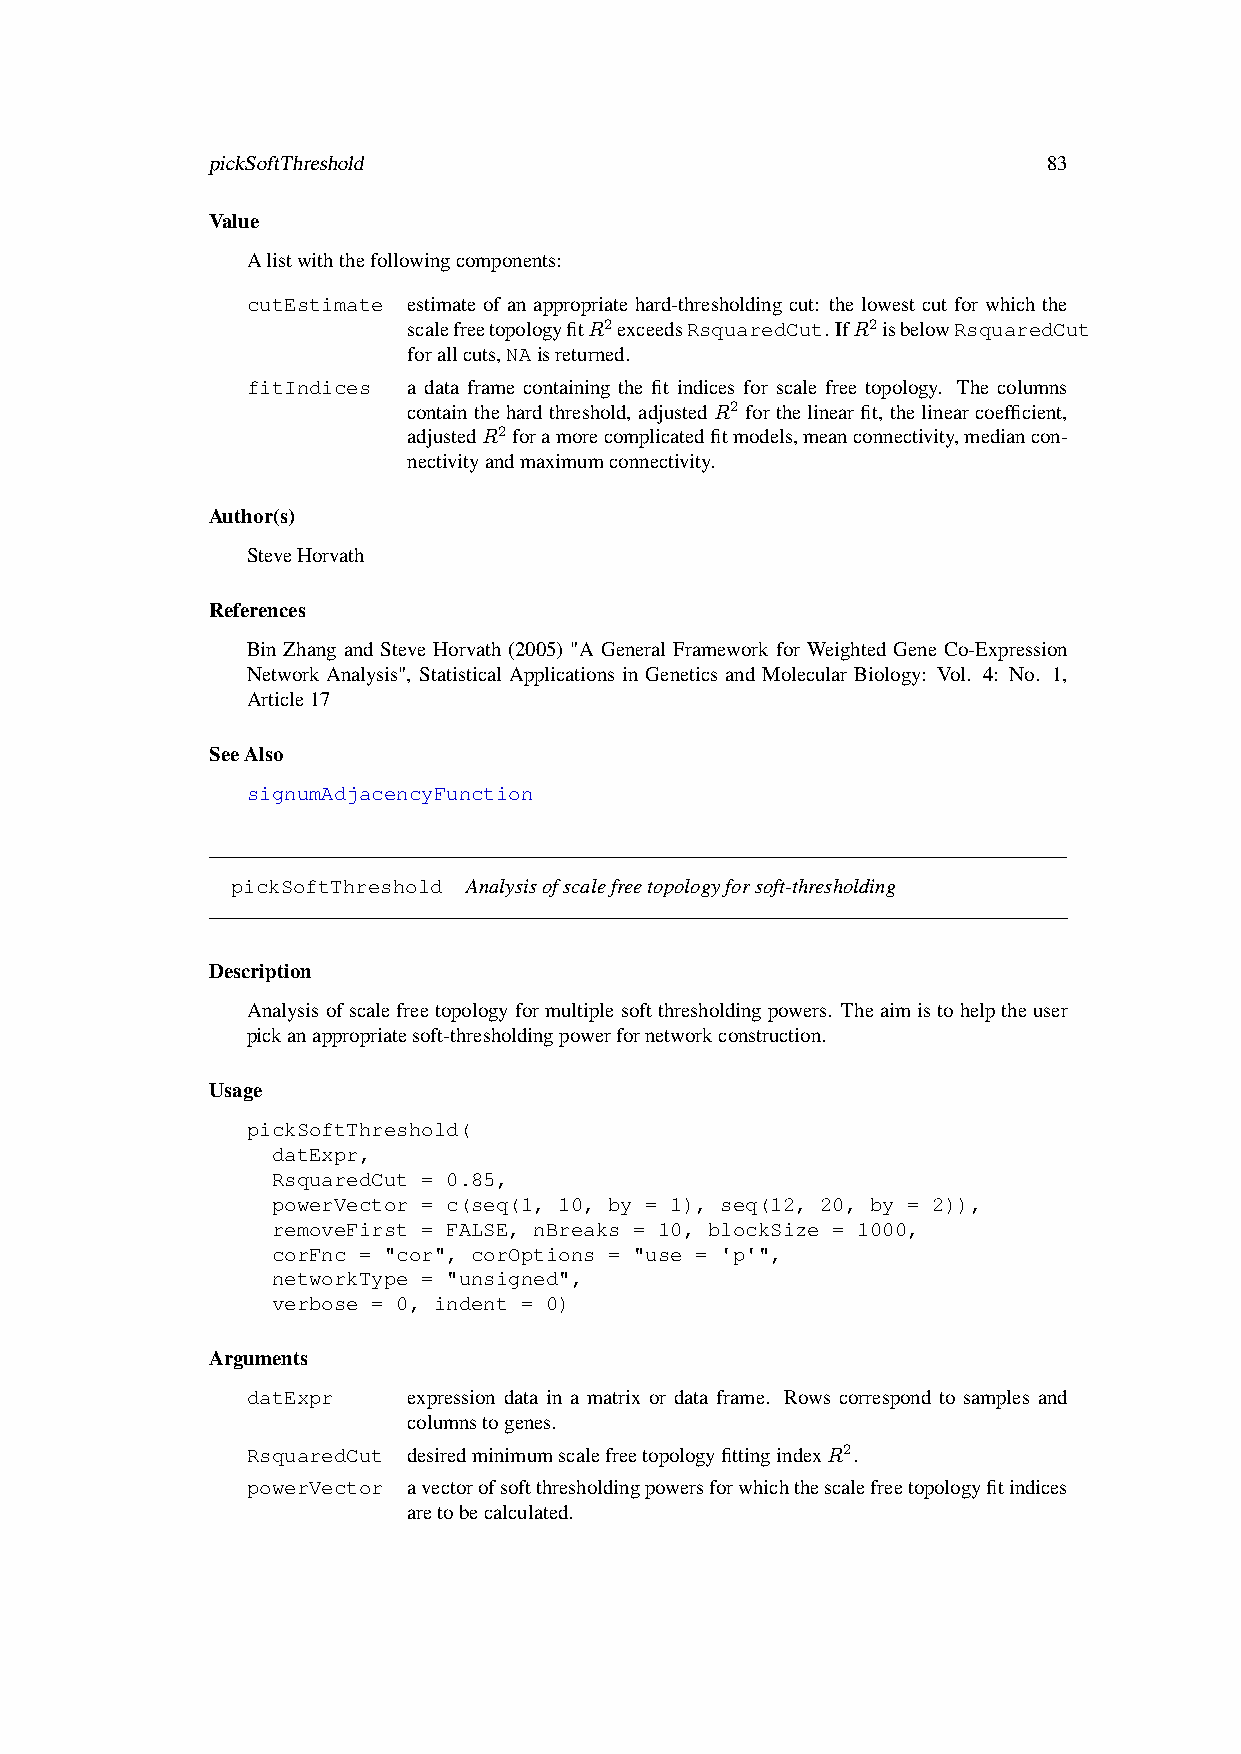
pickSoftThreshold                                      83
 Value
 Alistwiththefollowingcomponents:
 cutEstimate estimate of an appropriate hard-thresholding cut: the lowest cut for which the
 scalefreetopologyfitR2exceedsRsquaredCut.IfR2isbelowRsquaredCut
 forallcuts,NAisreturned.
 fitIndices a data frame containing the fit indices for scale free topology. The columns
 containthehardthreshold, adjustedR2 forthelinearfit, thelinearcoefficient,
 adjustedR2foramorecomplicatedfitmodels,meanconnectivity,mediancon-
 nectivityandmaximumconnectivity.
 Author(s)
 SteveHorvath
 References
 Bin Zhang and Steve Horvath (2005) "A General Framework for Weighted Gene Co-Expression
 Network Analysis", Statistical Applications in Genetics and Molecular Biology: Vol. 4: No. 1,
 Article17
 SeeAlso
 signumAdjacencyFunction
 pickSoftThreshold Analysisofscalefreetopologyforsoft-thresholding
 Description
 Analysisofscalefreetopologyformultiplesoftthresholdingpowers. Theaimistohelptheuser
 pickanappropriatesoft-thresholdingpowerfornetworkconstruction.
 Usage
 pickSoftThreshold(
 datExpr,
 RsquaredCut = 0.85,
 powerVector = c(seq(1, 10, by = 1), seq(12, 20, by = 2)),
 removeFirst = FALSE, nBreaks = 10, blockSize = 1000,
 corFnc = "cor", corOptions = "use = 'p'",
 networkType = "unsigned",
 verbose = 0, indent = 0)
 Arguments
 datExpr    expression data in a matrix or data frame. Rows correspond to samples and
 columnstogenes.
 RsquaredCut desiredminimumscalefreetopologyfittingindexR2.
 powerVector avectorofsoftthresholdingpowersforwhichthescalefreetopologyfitindices
 aretobecalculated.